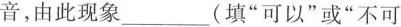
音，由此现象___(填”可以”或”不可